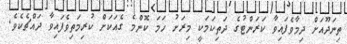
ތިނަދޫއަށް ދިމާވެފައިވާ ކަރަންޓުގެ ދަތިކަމަކީ މިރަށު ހަމަ ކޮންމެ ގެއަކަށް ކުރިމަތިވެފައިވާ ދައްޗެކެވެ.